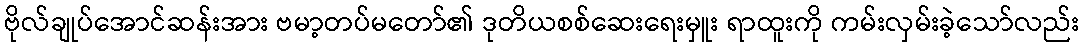
ဗိုလ်ချုပ်အောင်ဆန်းအား ဗမာ့တပ်မတော်၏ ဒုတိယစစ်ဆေးရေးမှူး ရာထူးကို ကမ်းလှမ်းခဲ့သော်လည်း